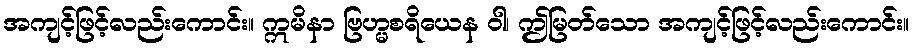
အကျင့်ဖြင့်လည်းကောင်း။ ဣမိနာ ဗြဟ္မစရိယေန ဝါ၊ ဤမြတ်သော အကျင့်ဖြင့်လည်းကောင်း။